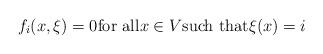
LaTeX: \begin{align*} f_i (x, \xi) = 0 \hbox{for all} x \in V \hbox{such that} \xi (x) = i\end{align*}